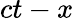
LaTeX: ct-x